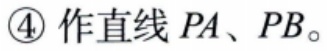
\textcircled{4} 作直线 \(PA\)、\(PB\)。